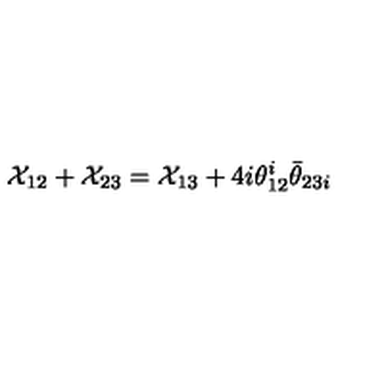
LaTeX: { \cal X } _ { 1 2 } + { \cal X } _ { 2 3 } = { \cal X } _ { 1 3 } + 4 i \theta _ { 1 2 } ^ { i } \bar { \theta } _ { 2 3 i }